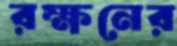
রক্ষনের